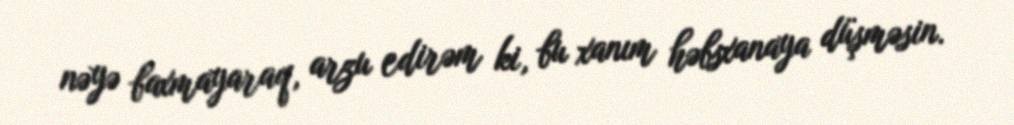
nəyə baxmayaraq, arzu edirəm ki, bu xanım həbsxanaya düşməsin.